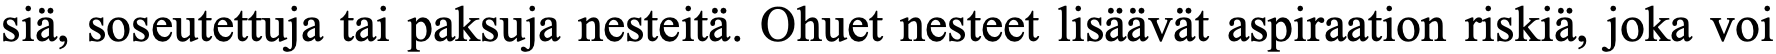
siä, soseutettuja tai paksuja nesteitä. Ohuet nesteet lisäävät aspiraation riskiä, joka voi